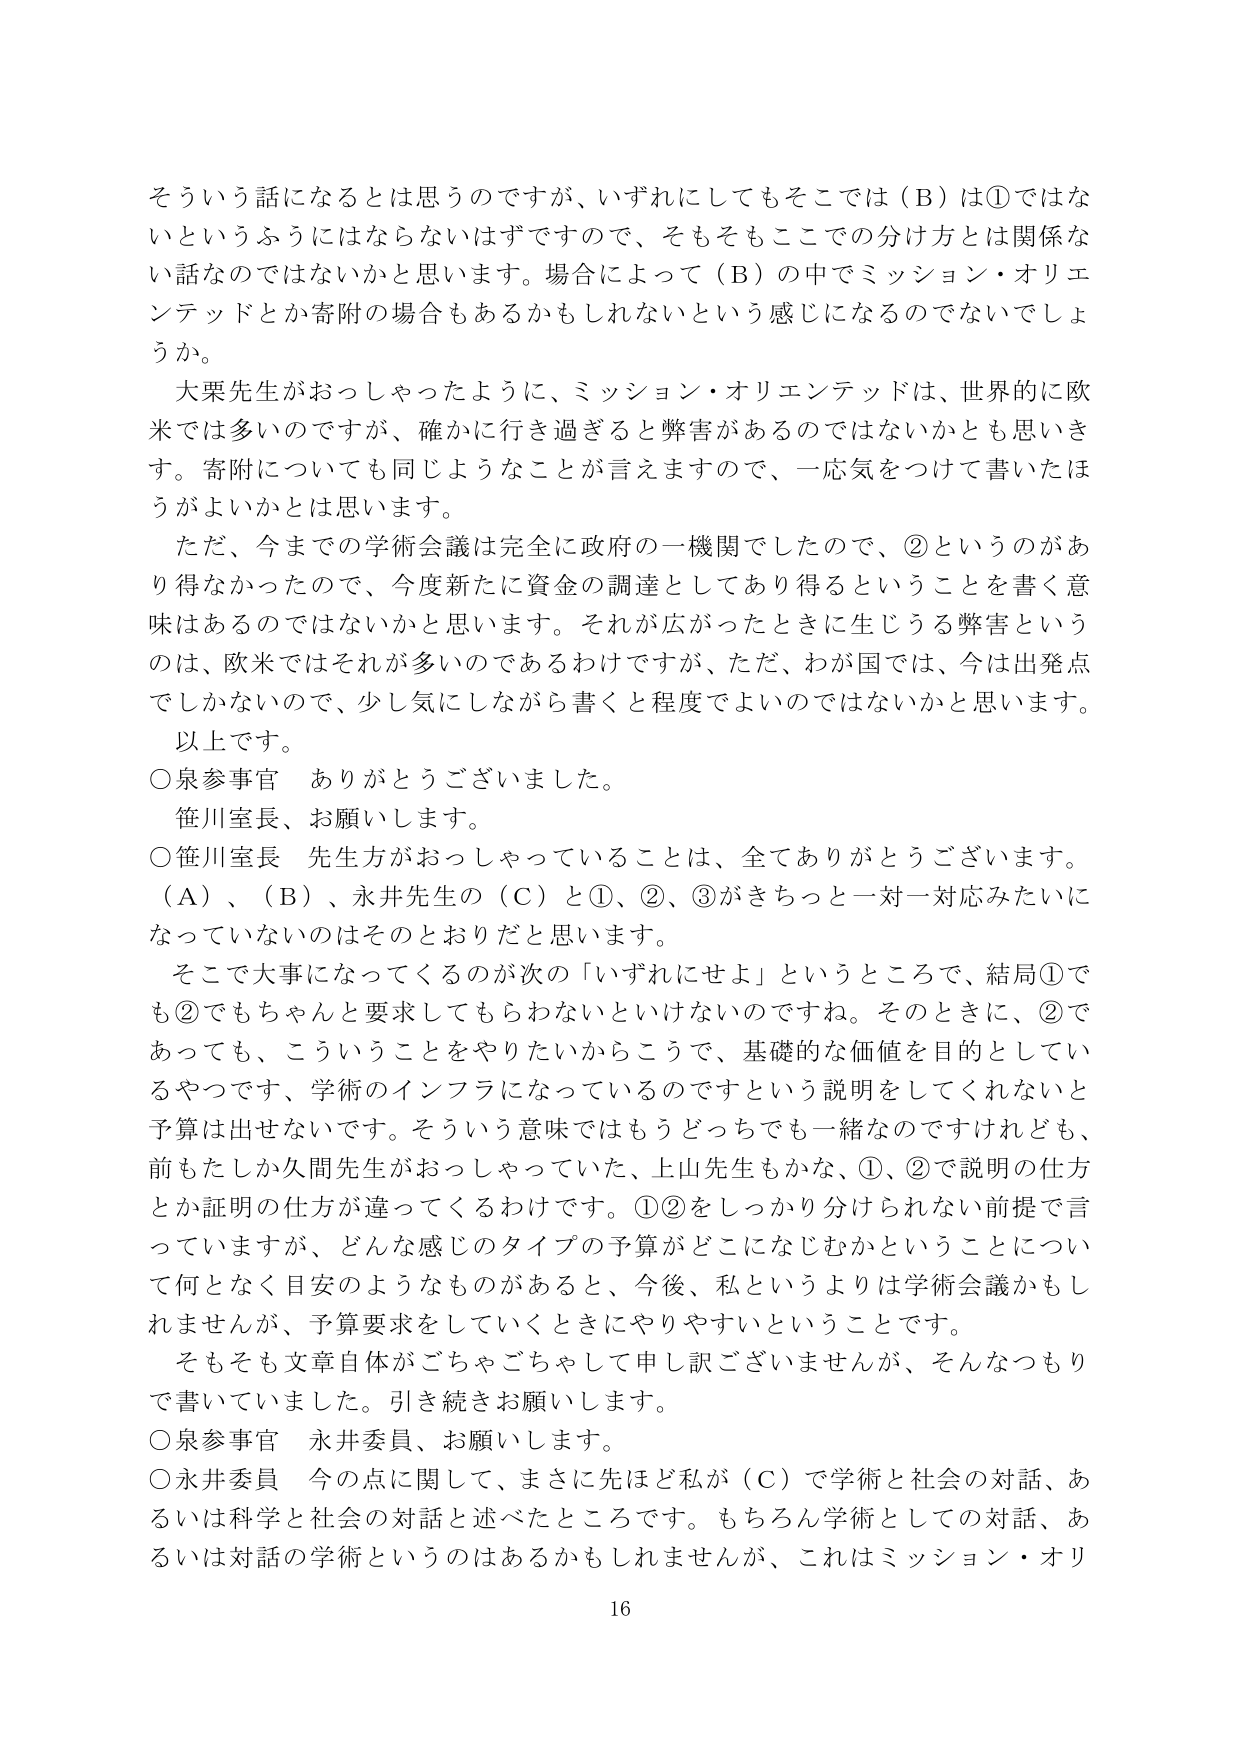
そういう話になるとは思うのですが、いずれにしてもそこでは（B）は①ではないというふうにはならないはずですので、そもそもここでの分け方とは関係ない話なのではないかと思います。場合によって（B）の中でミッション・オリエンテッドとか寄附の場合もあるかもしれないという感じになるのではないでしょうか。

大栗先生がおっしゃったように、ミッション・オリエンテッドは、世界的に欧米では多いのですが、確かに行き過ぎると弊害があるのではないかとも思います。寄附についても同じようなことが言えますので、一応気をつけて書いたほうがよいかとは思います。

ただ、今までの学術会議は完全に政府の一機関でしたので、②というのがあり得なかったので、今度新たに資金の調達としてあり得るということを書く意味はあるのではないかと思います。それが広がったときに生じうる弊害というのは、欧米ではそれが多いのであるわけですが、ただ、わが国では、今は出発点でしかないのです、少し気にしながら書くと程度でよいのではないかと思います。

以上です。

○泉参事官　ありがとうございました。

笹川室長、お願いします。

○笹川室長　先生方がおっしゃっていることは、全てありがとうございます。（A）、（B）、永井先生の（C）と①、②、③がきちっと一対一対応みたいになっていないのはそのとおりだと思います。

そこで大事になってくるのが次の「いずれにせよ」というところで、結局①でも②でもちゃんと要求してもらわないといけないのですね。そのときに、②であっても、こういうことをやりたいからこうで、基礎的な価値を目的としているやつです、学術のインフラになっているのですという説明をしてくれないと予算は出せないです。そういう意味ではもうどっちでも一緒なのですけれども、前もたしか久間先生がおっしゃっていた、上山先生もかな、①、②で説明の仕方とか証明の仕方が違ってくるわけです。①②をしっかり分けられない前提で言っていますが、どんな感じのタイプの予算がどこになじむかということについて何となく目安のようなものがあると、今後、私というよりは学術会議かもしれませんが、予算要求をしていくときにやりやすいということです。

そもそも文章自体がごちゃごちゃして申し訳ございませんが、そんなつもりで書いていました。引き続きお願いします。

○泉参事官　永井委員、お願いします。

○永井委員　今の点に関して、まさに先ほど私が（C）で学術と社会の対話、あるいは科学と社会の対話と述べたところです。もちろん学術としての対話、あるいは対話の学術というのはあるかもしれませんが、これはミッション・オリ

16